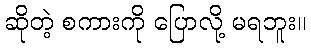
ဆိုတဲ့ စကားကို ပြောလို့ မရဘူး။